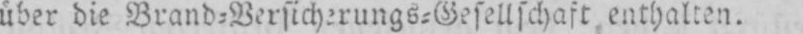
über die Brand⸗Versicherungs⸗Gesellschaft enthalten.